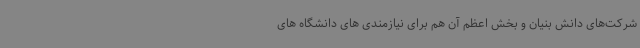
شرکت‌های دانش بنیان و بخش اعظم آن هم برای نیازمندی های دانشگاه های